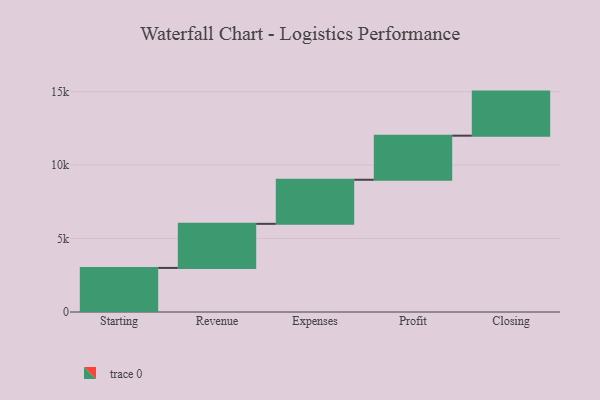
{"axis": {"x": "Step", "y": "Value"}, "legend": [""], "data": [{"x": "Starting", "y": 3000, "type": ""}, {"x": "Revenue", "y": 3000, "type": ""}, {"x": "Expenses", "y": 3000, "type": ""}, {"x": "Profit", "y": 3000, "type": ""}, {"x": "Closing", "y": 3000, "type": ""}]}